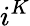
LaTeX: i^{K}